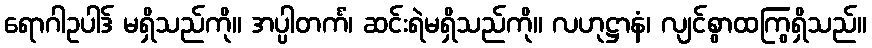
ရောဂါဥပါဒ် မရှိသည်ကို။ အပ္ပါတင်္ကံ၊ ဆင်းရဲမရှိသည်ကို။ လဟုဋ္ဌာနံ၊ လျင်စွာထကြွရှိသည်။